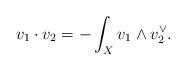
LaTeX: \begin{align*}v_1\cdot v_2=-\int_X v_1\wedge v_2^\vee.\end{align*}